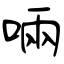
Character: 啢